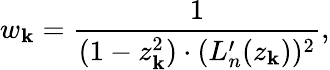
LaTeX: w_{\mathbf{k}}=\frac{{1}}{{(1-z_{\mathbf{k}}^{2})\cdot(L_{n}^{\prime}(z_{\mathbf{k}}))^{2}}},